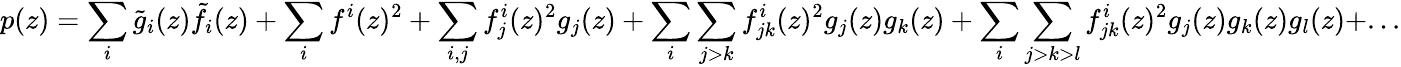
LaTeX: p(z)=\sum_{i}\tilde{g}_{i}(z)\tilde{f}_{i}(z)+\sum_{i}f^{i}(z)^{2}+\sum_{i,j}f_{j}^{i}(z)^{2}g_{j}(z)+\sum_{i}\sum_{j>k}f_{jk}^{i}(z)^{2}g_{j}(z)g_{k}(z)+\sum_{i}\sum_{j>k>l}f_{jk}^{i}(z)^{2}g_{j}(z)g_{k}(z)g_{l}(z)+...